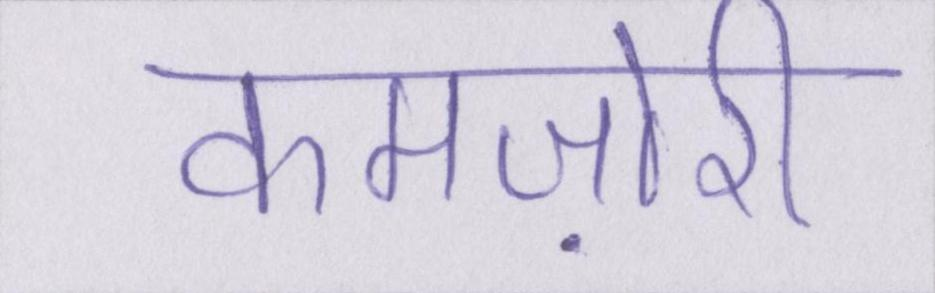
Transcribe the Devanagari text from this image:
कमज़ोरी